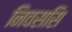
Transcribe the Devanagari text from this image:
निवससि